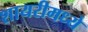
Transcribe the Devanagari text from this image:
शायरीमध्ये